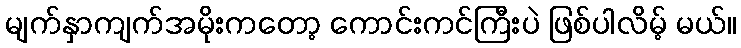
မျက်နှာကျက်အမိုးကတော့ ကောင်းကင်ကြီးပဲ ဖြစ်ပါလိမ့် မယ်။